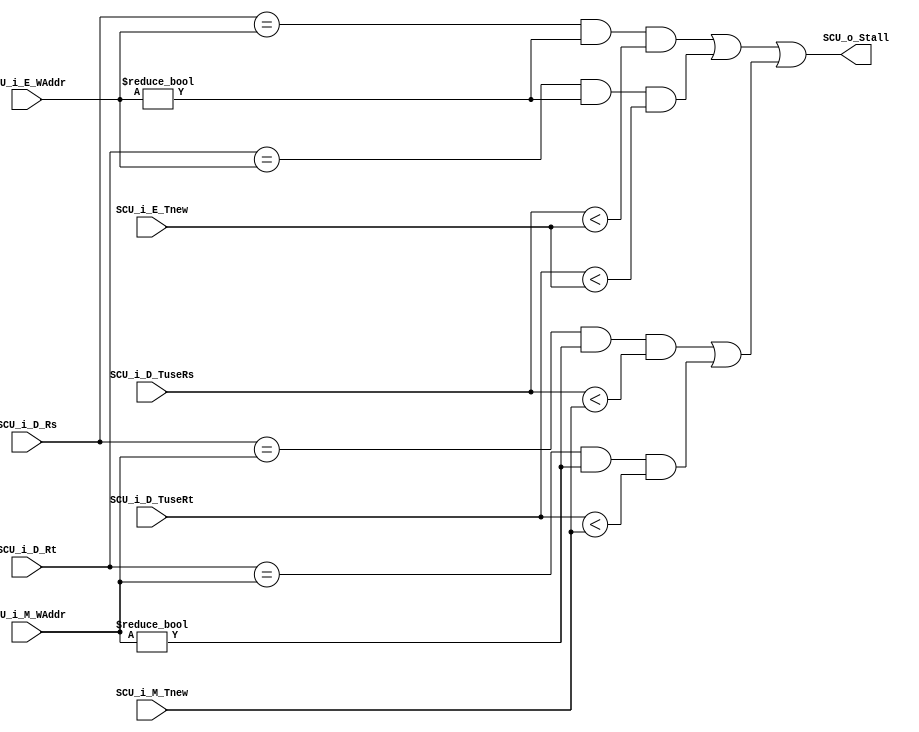
`timescale 1ns / 1ps
//////////////////////////////////////////////////////////////////////////////////
// Company: 
// Engineer: 
// 
// Design Name: 
// Module Name:    StallControl 
// Project Name: 
// Target Devices: 
// Tool versions: 
// Description: 
//
// Dependencies: 
//
// Revision: 
// Revision 0.01 - File Created
// Additional Comments: 
//
//////////////////////////////////////////////////////////////////////////////////
module StallControlUnit(
    input [4:0] SCU_i_D_Rs,
    input [4:0] SCU_i_D_Rt,
    input [3:0] SCU_i_D_TuseRs,
    input [3:0] SCU_i_D_TuseRt,
    input [3:0] SCU_i_E_Tnew,
    input [4:0] SCU_i_E_WAddr,
    input [3:0] SCU_i_M_Tnew,
    input [4:0] SCU_i_M_WAddr,
    output SCU_o_Stall
    );

    // because any instruction that does not produce a new value has a Tnew
    // of 0, so won't stall

    // Stall condition: (1) read register that are written by E/M stage 
    //                  (2) not reading zero
    //                  (3) can't be forwarded

    // !! ATTENTION: E_Tnew and M_Tnew should be Tnew on their respective stage !!

    wire Stall_DE, Stall_DM;

    assign Stall_DE = (SCU_i_D_Rs == SCU_i_E_WAddr && SCU_i_E_WAddr != 5'b0 && SCU_i_D_TuseRs < SCU_i_E_Tnew)||
                      (SCU_i_D_Rt == SCU_i_E_WAddr && SCU_i_E_WAddr != 5'b0 && SCU_i_D_TuseRt < SCU_i_E_Tnew) ;

    assign Stall_DM = (SCU_i_D_Rs == SCU_i_M_WAddr && SCU_i_M_WAddr != 5'b0 && SCU_i_D_TuseRs < SCU_i_M_Tnew)|| 
                      (SCU_i_D_Rt == SCU_i_M_WAddr && SCU_i_M_WAddr != 5'b0 && SCU_i_D_TuseRt < SCU_i_M_Tnew) ;

    assign SCU_o_Stall = Stall_DE || Stall_DM;

endmodule